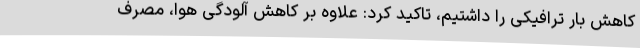
کاهش بار ترافیکی را داشتیم، تاکید کرد: علاوه بر کاهش آلودگی هوا، مصرف